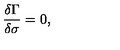
\frac { \delta \Gamma } { \delta \sigma } = 0 ,